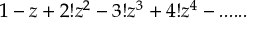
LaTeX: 1 - z + 2 ! z ^ { 2 } - 3 ! z ^ { 3 } + 4 ! z ^ { 4 } - . . . . . .